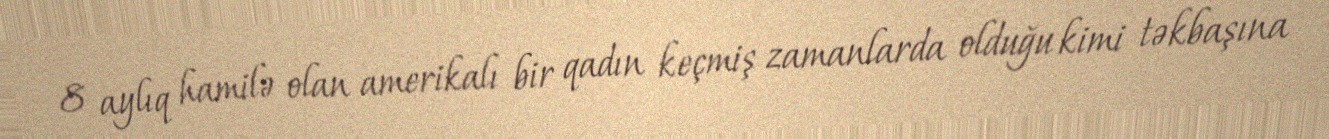
8 aylıq hamilə olan amerikalı bir qadın keçmiş zamanlarda olduğu kimi təkbaşına